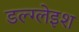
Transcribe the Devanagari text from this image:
डल्ग्लेइश